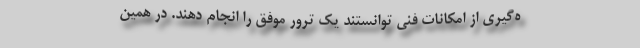
ه‌گیری از امکانات فنی توانستند یک ترور موفق را انجام دهند. در همین